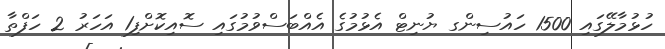
ހުޅުމާލޭގައި 1500 ހައުސިންގ ޔުނިޓް އެޅުމުގެ އެއްބަސްވުމުގައި ސޮއިކޮށްފި1 އަހަރު 2 ހަފްތާ